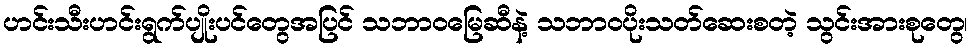
ဟင်းသီးဟင်းရွက်ပျိုးပင်တွေအပြင် သဘာဝမြေဆီနဲ့ သဘာဝပိုးသတ်ဆေးစတဲ့ သွင်းအားစုတွေ၊